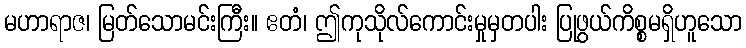
မဟာရာဇ၊ မြတ်သောမင်းကြီး။ ဧတံ၊ ဤကုသိုလ်ကောင်းမှုမှတပါး ပြုဖွယ်ကိစ္စမရှိဟူသော